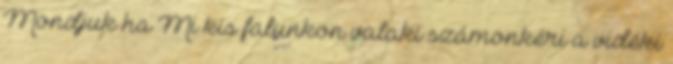
Mondjuk ha Mi kis falunkon valaki számonkéri a vidéki